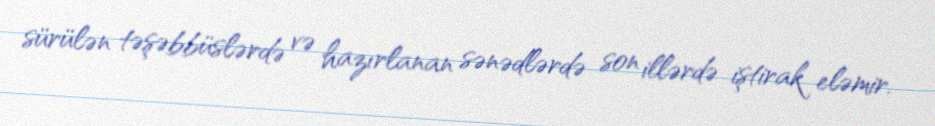
sürülən təşəbbüslərdə və hazırlanan sənədlərdə son illərdə iştirak eləmir.